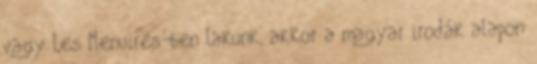
vagy Les Menuires-ben lakunk, akkor a magyar irodák alapon